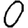
Digit: 0